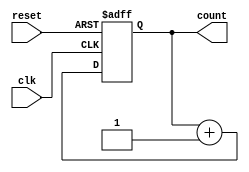
module counter(
    input clk,
    input reset,
    
    output reg [7:0] count
);

always @(posedge clk or posedge reset)
begin
    if (reset)
        count <= 8'b0;
    else
        count <= count + 1;
end

endmodule